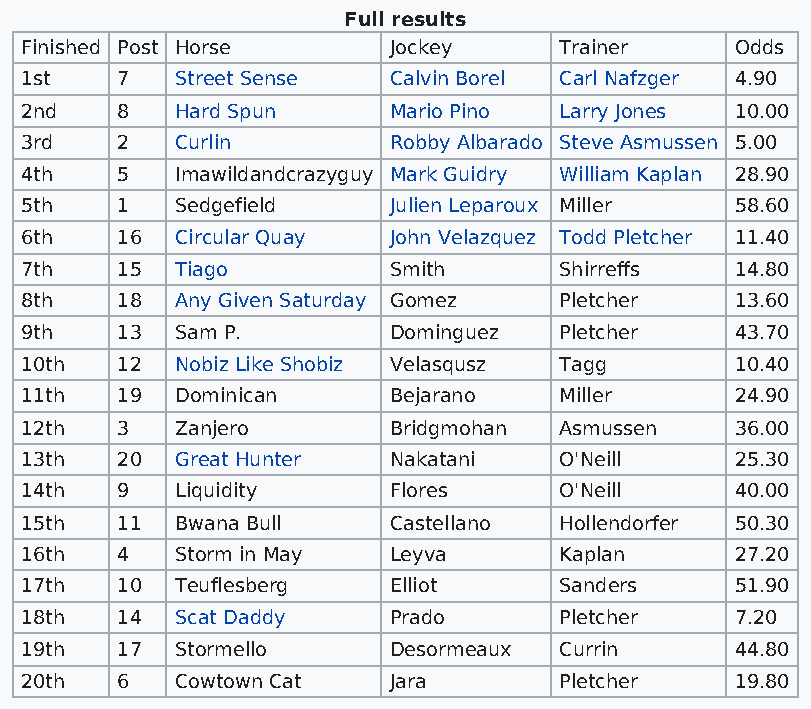
Full results
 Finished Post Horse      Jockey     Trainer     Odds
 1st    7   Street Sense  Calvin Borel Carl Nafzger 4.90
 2nd    8   Hard Spun     Mario Pino Larry Jones 10.00
 3rd    2   Curlin        Robby Albarado Steve Asmussen 5.00
 4th    5   Imawildandcrazyguy Mark Guidry William Kaplan 28.90
 5th    1   Sedgefield    Julien Leparoux Miller 58.60
 6th    16  Circular Quay John Velazquez Todd Pletcher 11.40
 7th    15  Tiago         Smith      Shirreffs   14.80
 8th    18  Any Given Saturday Gomez Pletcher    13.60
 9th    13  Sam P.        Dominguez  Pletcher    43.70
 10th   12  Nobiz Like Shobiz Velasqusz Tagg     10.40
 11th   19  Dominican     Bejarano   Miller      24.90
 12th   3   Zanjero       Bridgmohan Asmussen    36.00
 13th   20  Great Hunter  Nakatani   O'Neill     25.30
 14th   9   Liquidity     Flores     O'Neill     40.00
 15th   11  Bwana Bull    Castellano Hollendorfer 50.30
 16th   4   Storm in May  Leyva      Kaplan      27.20
 17th   10  Teuflesberg   Elliot     Sanders     51.90
 18th   14  Scat Daddy    Prado      Pletcher    7.20
 19th   17  Stormello     Desormeaux Currin      44.80
 20th   6   Cowtown Cat   Jara       Pletcher    19.80